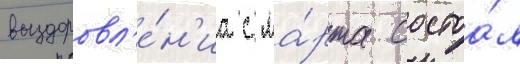
выздоровл'е́н'иа с ма́рта состоа́л